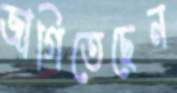
জাগিতেছেন